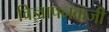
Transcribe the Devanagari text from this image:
विज्ञापनबाजी